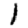
Digit: 1